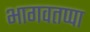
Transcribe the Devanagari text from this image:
भागवतप्पा